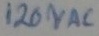
Text: 120VAC